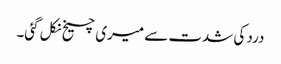
درد کی شدت سے میری چیخ نکل گئی۔